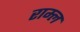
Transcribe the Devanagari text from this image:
राम्ल